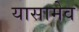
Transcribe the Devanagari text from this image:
यासामेव